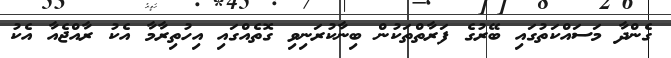
ގެންދާ މަސައްކަތުގައި ބޭރުގެ ފަރާތްތަކުން ބިނާކުރަނިވި ގޮތެއްގައި އިހުތިރާމާ އެކު ރާއްޖެއާ އެކު